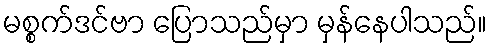
မစ္စက်ဒင်ဗာ ပြောသည်မှာ မှန်နေပါသည်။